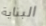
البناية